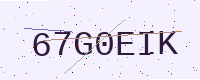
Text: 67G0EIK